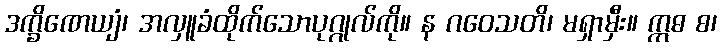
ဒက္ခိဏေယျံ၊ အလှူခံထိုက်သောပုဂ္ဂုလ်ကို။ န ဂဝေသတိ၊ မရှာမှီး။ ဣဓ စ၊